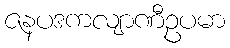
ဇနပဒကလျာဏီဥပမာ